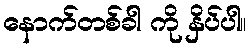
နောက်တစ်ခါ ကို နှိပ်ပါ။